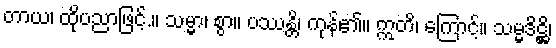
တာယ၊ ထိုပညာဖြင့်.။ သမ္မာ၊ စွာ။ ပဿန္တိ၊ ကုန်၏။ ဣတိ၊ ကြောင့်။ သမ္မဒိဋ္ဌိ၊